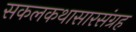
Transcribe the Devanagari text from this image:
सकलकथासारसंग्रह